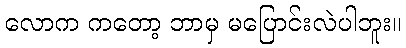
လောက ကတော့ ဘာမှ မပြောင်းလဲပါဘူး။